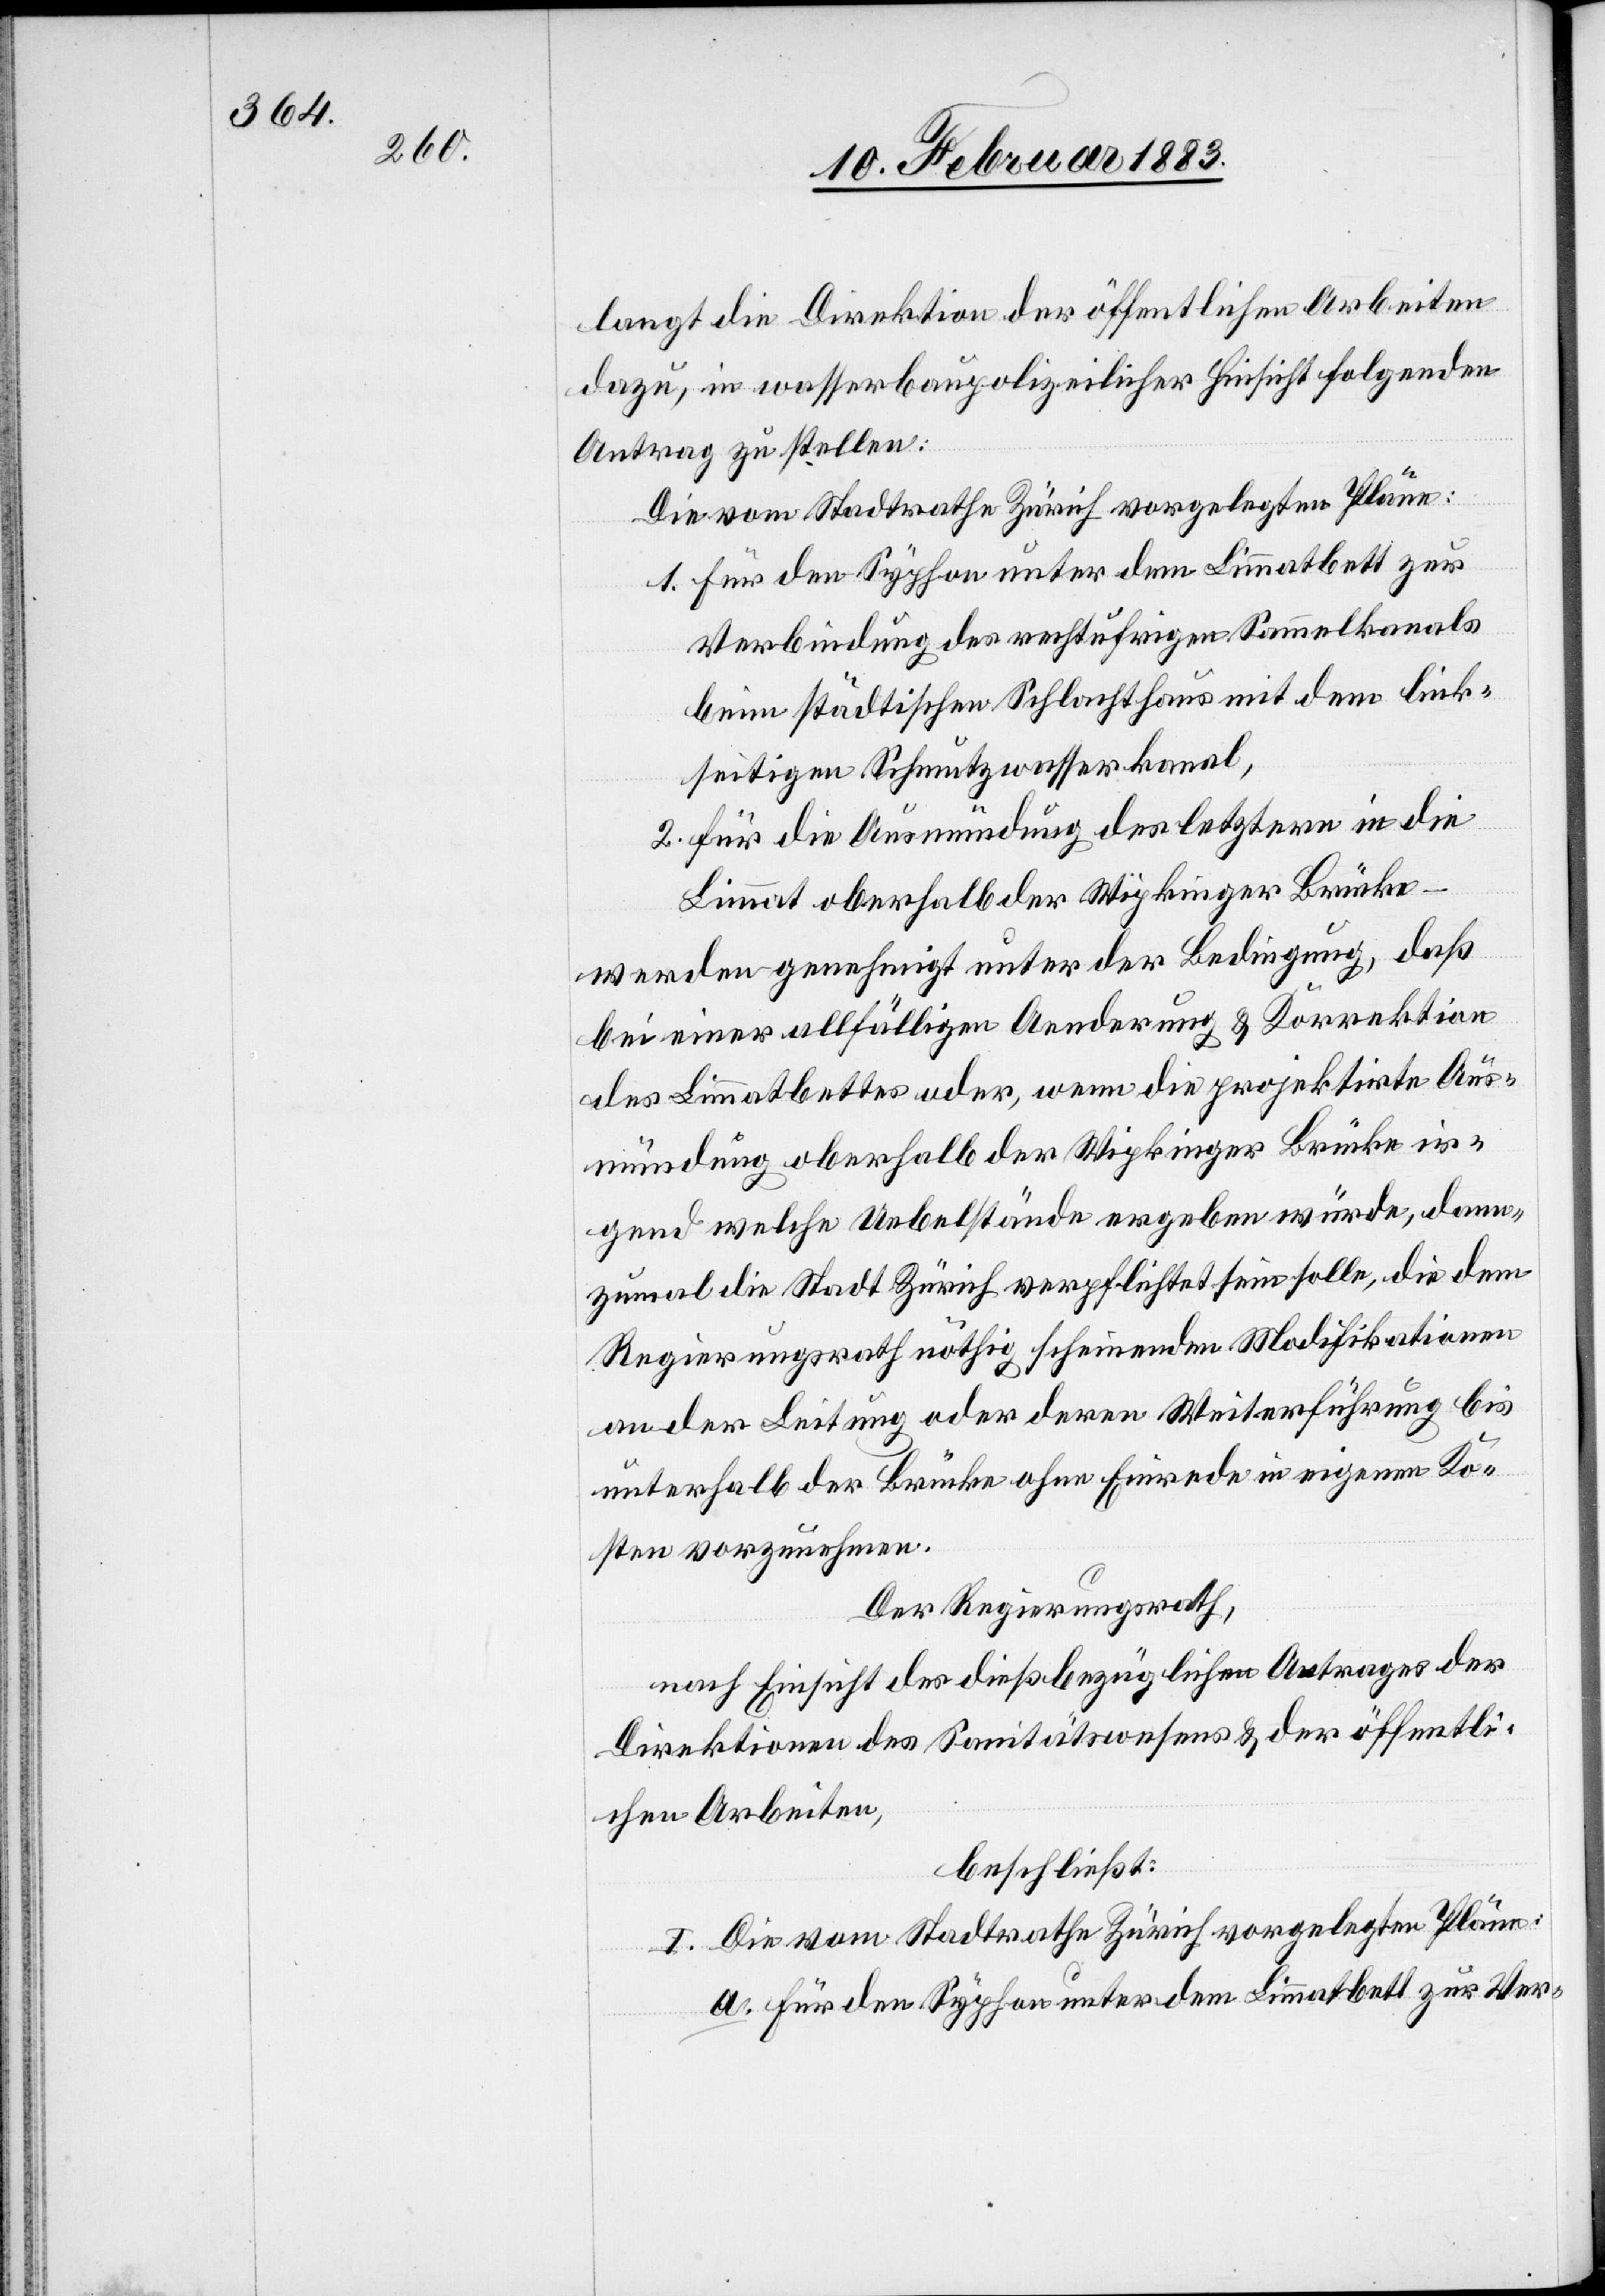
langt die Direktion der öffentlichen Arbeiten
dazu, in wasserbaupolizeilicher Hinsicht folgenden
Antrag zu stellen:
Die vom Stadtrath Zürich vorgelegten Pläne:
1. für den Syphon unter dem Limmatbett zur
Verbindung des rechtufrigen Sammelkanals
beim städtischen Schlachthaus mit dem link¬
seitigen Schmutzwasserkanal,
2. für die Ausmündung des letztern in die
Limmat oberhalb der Wipkinger Brücke –
werden genehmigt unter der Bedingung, daß
bei einer allfälligen Aenderung & Korrektion
des Limmatbettes oder, wenn die projektirte Aus¬
mündung oberhalb der Wipkinger Brücke ir¬
gend welche Uebelstände ergeben würde, dann¬
zumal die Stadt Zürich verpflichtet sein solle, die dem
Regierungsrath nöthig scheinenden Modifikationen
an der Leitung oder deren Weiterführung bis
unterhalb der Brücke ohne Einrede in eigenen Ko¬
sten vorzunehmen.
Der Regierungsrath,
nach Einsicht des dießbezüglichen Antrages der
Direktionen des Sanitätswesens & der öffentli¬
chen Arbeiten,
beschließt:
I. Die vom Stadtrathe Zürich vorgelegten Pläne:
a. für den Syphon unter dem Limmatbett zur Ver-